Report of the King Institute of Preventive Medicine, Guindy
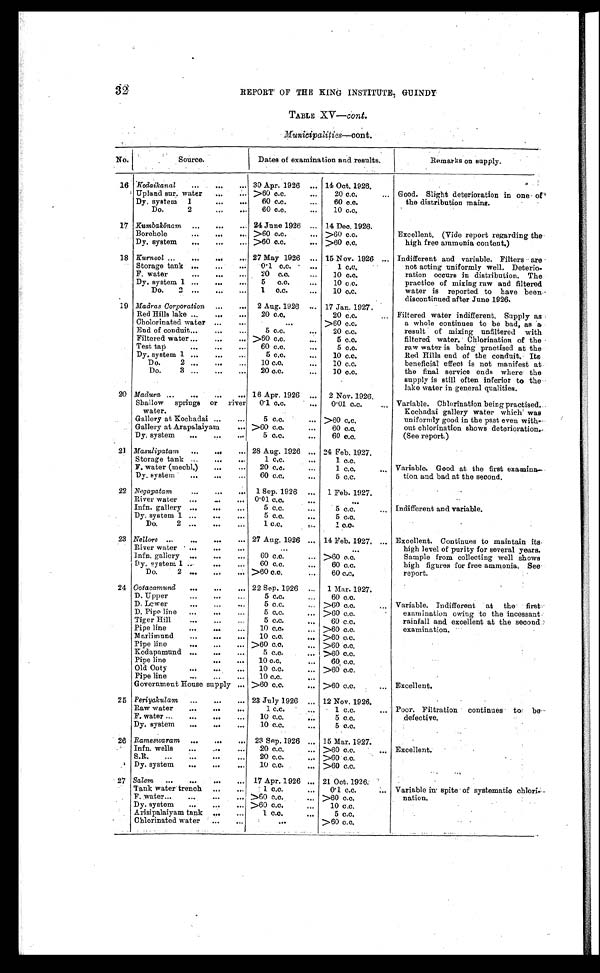
11
REPORT' OF THE KING INSTITUTE; GUINDY
TABLE XV—cont.
Municipalities—cont.
No.
Source.
Dates of examination and results.
Remarks on supply.
16 Kodaikanal
...
... 30 Apr. 1926 ... 14 Oct. 1926.
Good. Slight deterioration in one of "4
the distribution mains.
Upland sur. water ...
... >60 o.c.
...
20 c.c.
...
Dy. system 1
...
...
60 c.c.
...
60 c.c.
Do.
2
...
_
60 c.c.
...
10 c.c.
17 Kumbakonam ...
...
... 24 June 1926 ... 14 Dec. 1926.
Excellent. (Vide report regarding the
high free ammonia content.)
Borehole
_
...
.., >60 c.c.
... >60 c.c.
Dy, system
...
...
— >60 c.c.
... >60 c.c.
18 Kurnool ...
...
...
... 27 May 1926 ... 15 Nov. 1926 ... Indifferent and variable. Filters are
not acting uniformly well. Deterio-
ration occurs in distribution. The
practice of mixing raw and filtered
water is reported to have been •
discontinued after June 1926.
Storage tank ...
—
...
0-1 0.0. - ...
1 c.c.
•
F, water
.04
•O•
•••
20 c.c.
...
10 c.c.
Dy. system 1 ...
...
...
5 c.c.
...
10 c.c.
Do.
2...
...
1. 0.0.
...
10 c.c.
19 Madras Corporation ...
... 2 Aug. 1926 ... 17 Jan. 1927.
Filtered water indifferent. Supply as
a whole continues to be bad, as a
result of mixing unfiltered with
filtered water. Chlorination of the
raw water is being practised at the
Red Hills end of the conduit. Its
beneficial effect. is not manifest at
the final service ends where the
supply is still often inferior to the
lake water in general qualities.
Red Hills lake ...
...
...
20 c.c.
20 c.c.
...
Cholorinated water ...
...
...
>60 c.c.
End of conduit...
...
...
5 c.c.
20 c.c.
Filtered water ...
...
.., >60 c.c.
...
5 c.c.
Test tap
•••
•••
•••
60 c.c.
.••
5 c.o.
Dy. system 1 ...
—
5 c.c.
...
10 c.c.
Do.
2 ...
,..
10 CA
...
10 c.c.
Do.
3 ...
...
...
20 c.c.
...
10 c.c.
20 Madura ..,
...
...
.., 16 Apr. 1926 ... 2 Nov. 1926.
Variable. Chlorination being practised.
Kochadai gallery water which . was
uniformly good in the past even with-
out chlorination shows deterioration..
(See report.)
Shallow
springs or river
water.
0'1 o.c.
...
0 . 01 c.c.
...
Gallery at Kochadai ...
...
5 0.0.
... >60 c.c.
Gallery at Arapalaiyam
... >60 c.o.
..•
60 o.c.
Dy. system
...
...
5 c.c.
...
60 c.c.
21 Masulipatam ...
...
... 28 Aug. 1926 ... 24 Feb. 1927.
Variable. Good at the first examina-
tion and bad at the second,
Storage tank ..,
...
..,
1 c.c.
•••
1 c.c.
F. water (mechl.)
...
...
20 c.c.
1 c.o.
..,
Dy. system
...
60 c.c.
...
5 c.c.
22 Negapatam
...
...
... 1 Sep. 1926 ... 1 Feb. 1927.
Indifferent and variable.
River water ,..
...
... 0'01 0. 0 ,
•••
Infn. gallery ...
...
...
5 c,c.
•••
5 c.c.
...
Dy. system 1 ...
...
...
5 c.o.
•••
5 c.c.
Do.
2 ...
...
...
1 c.c.
,. .,..
1 0.0 .
23 Nellore . . .
. . .
. . .
. • . 27 Aug. 1926 ... 14 Feb. 1927. ... Excellent. Continues to maintain its
high level of purity for several years.
Sample from collecting well shows
high figures for free ammonia. See
report.
River water • ...
...
...
...
...
lnfn. gallery
...
...
60 c.o.
... >60 c.c.
Dy. system 1 ...
...
...
60 c.c.
...
60 c.c.
Do.
2 ...
..,
— >60 0.0.
...
60 c.c.
24 Ootacamund
,..
—
... 22 Sep. 1926
1 Mar. 1927.
Variable. Indifferent at the first.
examination owing •to the incessant.
rainfall and excellent at the second
examination.
D. Upper
...
...
...
5 c.c.
60 c.o.
D. Lower
...
...
...
5 c.c.
... >60 c.c.
...
D. Pipe line ...
...
...
5 c.c.
,.. >60 c.c.
.
Tiger Hill
—
...
...
5 c.c.
...
60 c.c.
Pipe line
...
...
...
10 c.c.
... >60 c.c.
Marlimund
...
...
...
10 c.c.
... >60 c.c.
Pipe line
...
...
... >60 c.o.
... >60 c.c.
Kodapamund ...
...
...
5 c.c.
... >60 c.c.
Pipe line
...
...
10 c.c.
...
60 c.o.
Old Ooty
...
...
10 c.c.
... >60 c.c.
Pipe line
•••
•..
•••
10 c.c.
•••
Government House supply ... >60 c.c.
... >60 c.c.
... Excellent.
25 Periyakulam
...
...
... 23 July 1926 ... 12 Nov. 1926.
'
Poor. Filtration continues to be •
defective.
•
Raw water
...
...
,..
1 c.c.
'
1 c.c.
...
F. water ...
...
...
...
10 c.c.
...
5 c.c.
Dy. system
...
...
...
10 c.c.
...
5 c.c.
26 Rameswaram ...
...
... 23 Sep. 1926 ... 15 Mar. 1927.
Excellent.
.
Infn. wells
...
...
...
20 c.c.
... >60 c.c.
.„
S.R.
...
...
...
...
20 c.c.
.., >60 c.c.
Dy. system
...
...
...
.10 c.c.
_ >60 c.c.
• 27
.
•
Salem ...
...
...
... 17 Apr. 1 926 ... 21 Oct. 1926.
'
Variable in spite of systematic chlori- -
nation.
.
.
Tank water trench ..,
..,
1 c.o.
...
0'1 c.c.
oos
F. water...
...
...
... >60 c.c.
... >60 c.c.
Dy. system
... >60 c.c.
...
10 c.c.
Arisipalaiyam tank ...
...
1 c.c.
•••
5 c.c.
Chlorinated water ...
—
_
..•
>60 c.c.